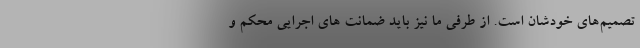
تصمیم‌های خودشان است. از طرفی ما نیز باید ضمانت های اجرایی‌ محکم و